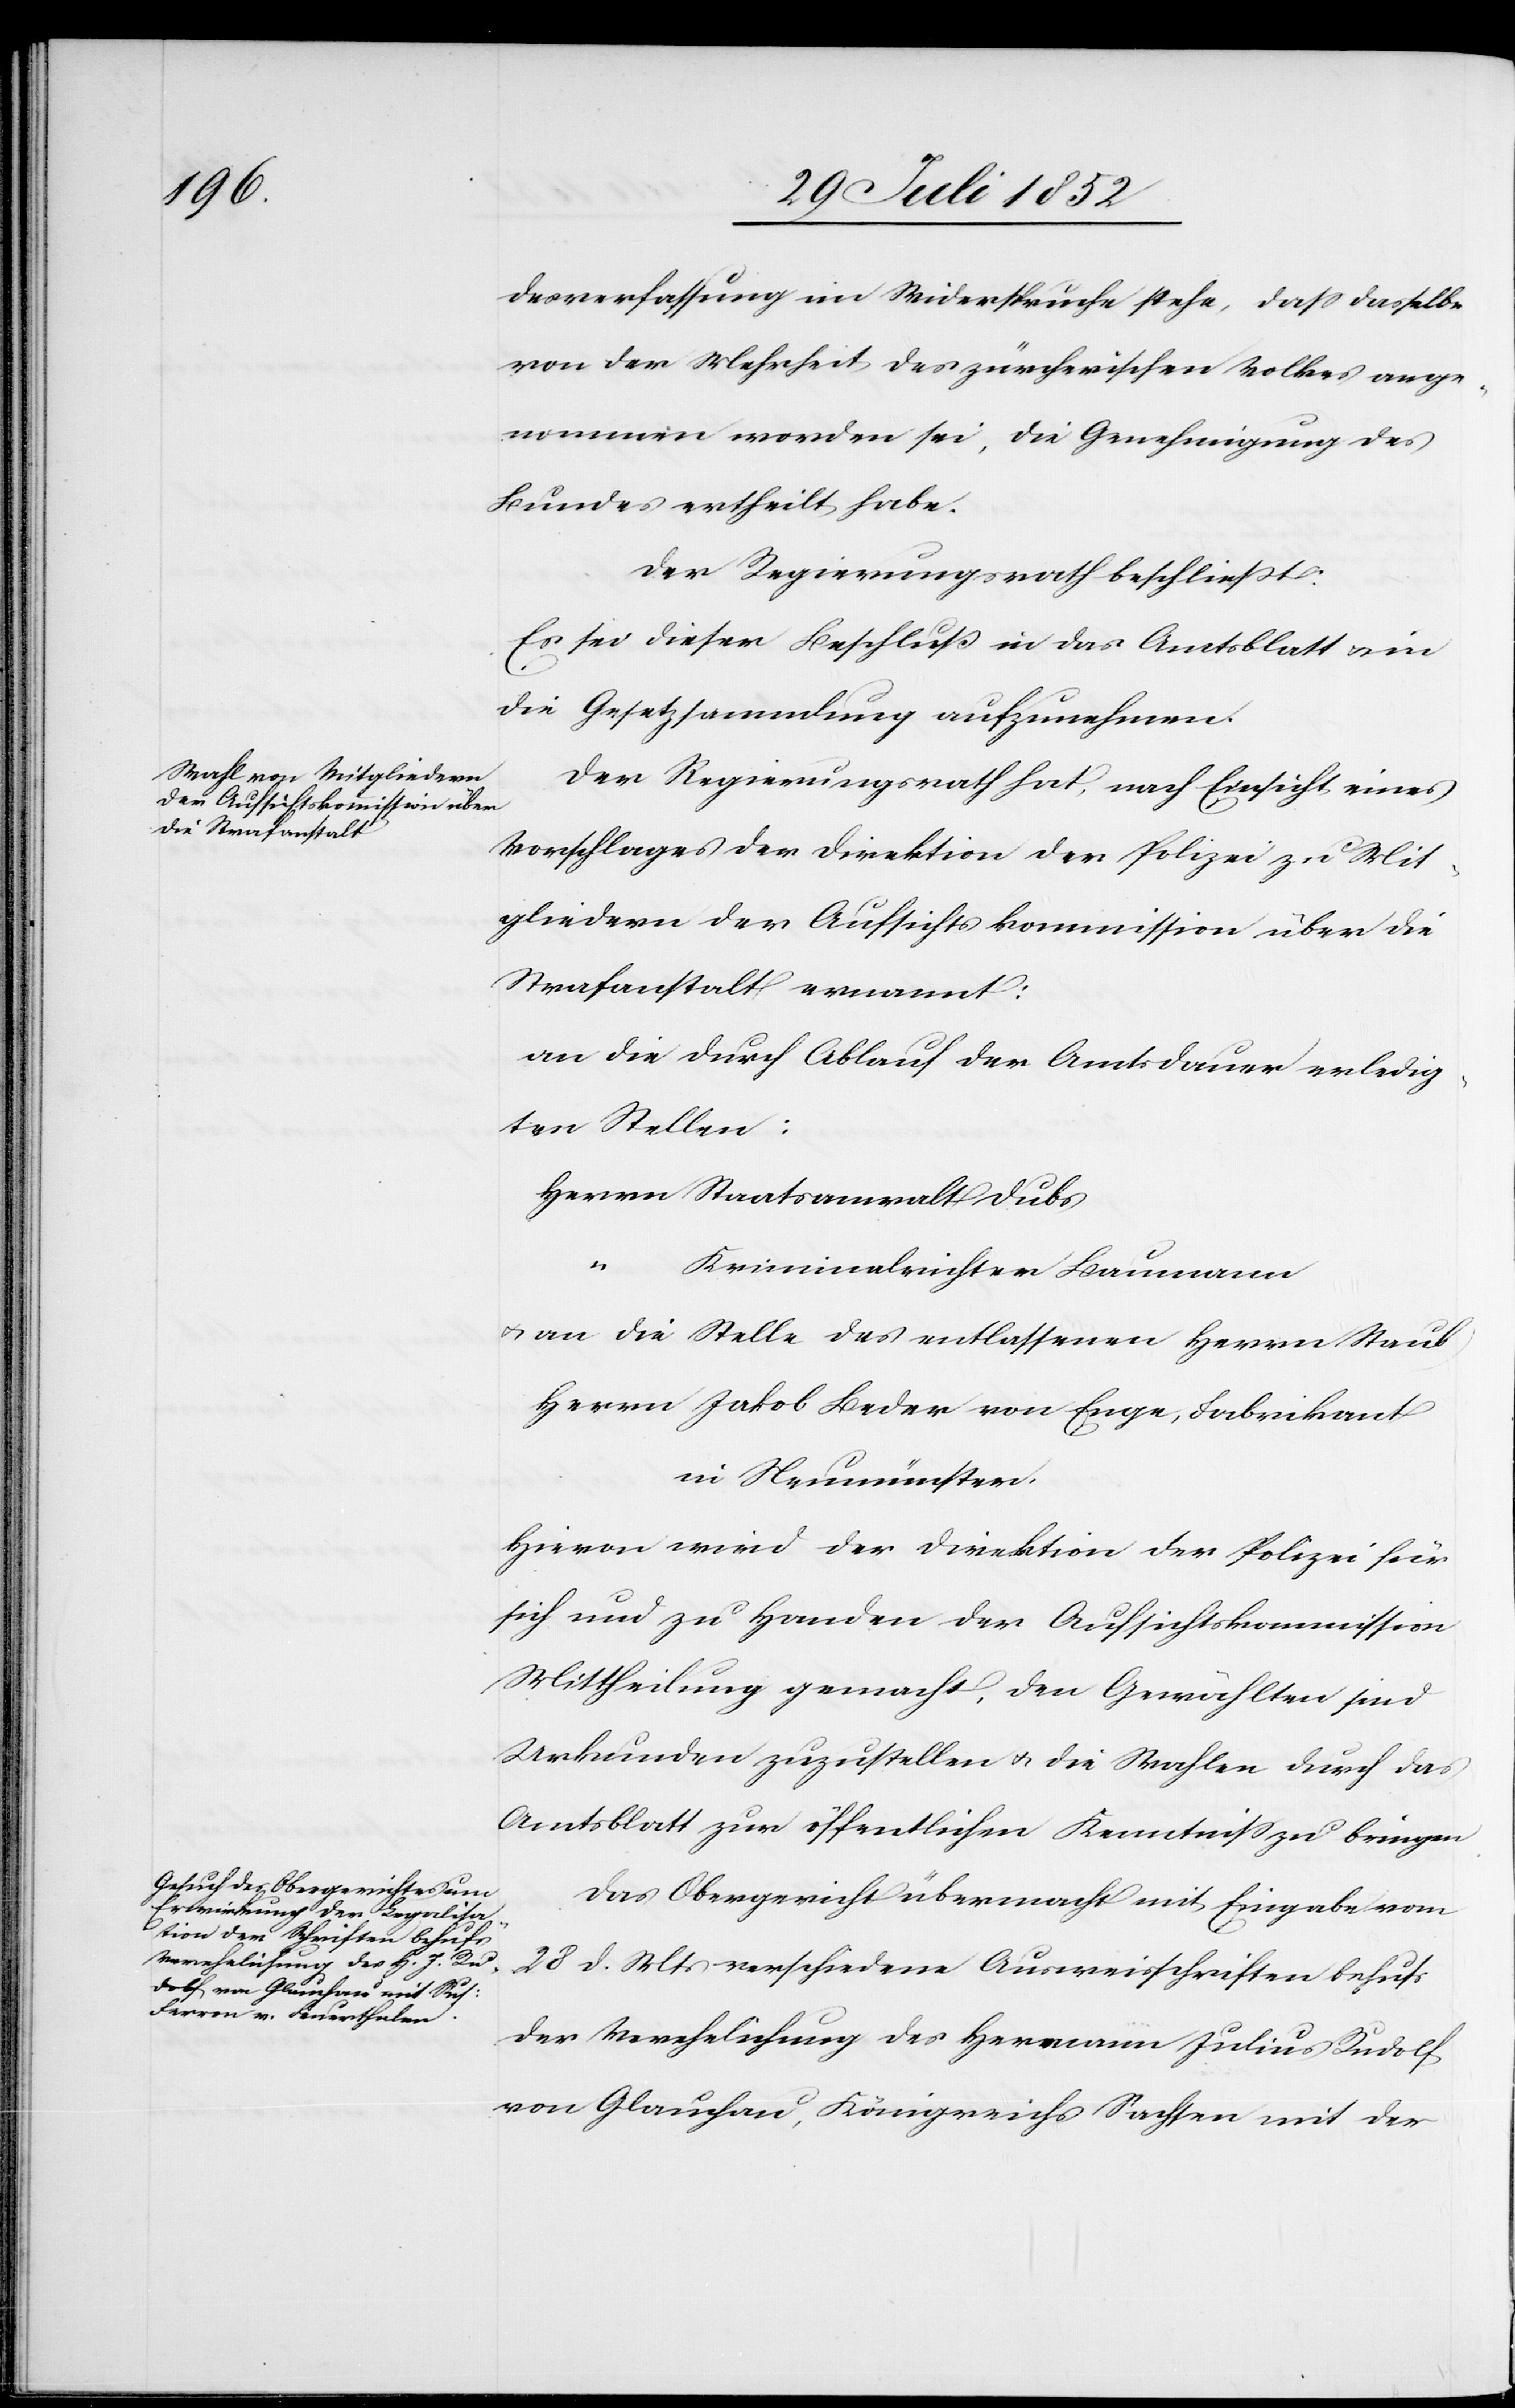
desverfassung im Widerspruche stehe, dass dasselbe
von der Mehrheit des zürcherischen Volkes ange¬
nommen worden sei, die Genehmigung des
Bundes ertheilt habe.
Der Regierungsrath beschließt:
Es sei dieser Beschluß in das Amtsblatt & in
die Gesetzsammlung aufzunehmen.
Der Regierungsrath hat, nach Einsicht eines
Vorschlages der Direktion der Polizei zu Mit¬
gliedern der Aufsichtskommission über die
Strafanstalt ernannt:
an die durch Ablauf der Amtsdauer erledig¬
ten Stellen:
Herrn Staatsanwalt Dubs
“
Kriminalrichter Baumann
[(]an die Stelle des entlassenen Herrn Staub)
Herrn Jakob Beder von Enge, Fabrikant
in Neumünster.
Hievon wird der Direktion der Polizei für
sich und zu Handen der Aufsichtskommission
Mittheilung gemacht, den Gewählten sind
Urkunden zuzustellen & die Wahlen durch das
Amtsblatt zur öffentlichen Kenntniss zu bringen.
Das Obergericht übermacht mit Eingabe vom
28 d. Mts verschiedene Ausweisschriften behufs
der Verehelichung des Hermann Julius Rudolf
von Glauchau, Königreichs Sachsen mit der